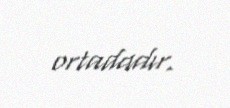
ortadadır.